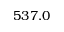
5 3 7 . 0